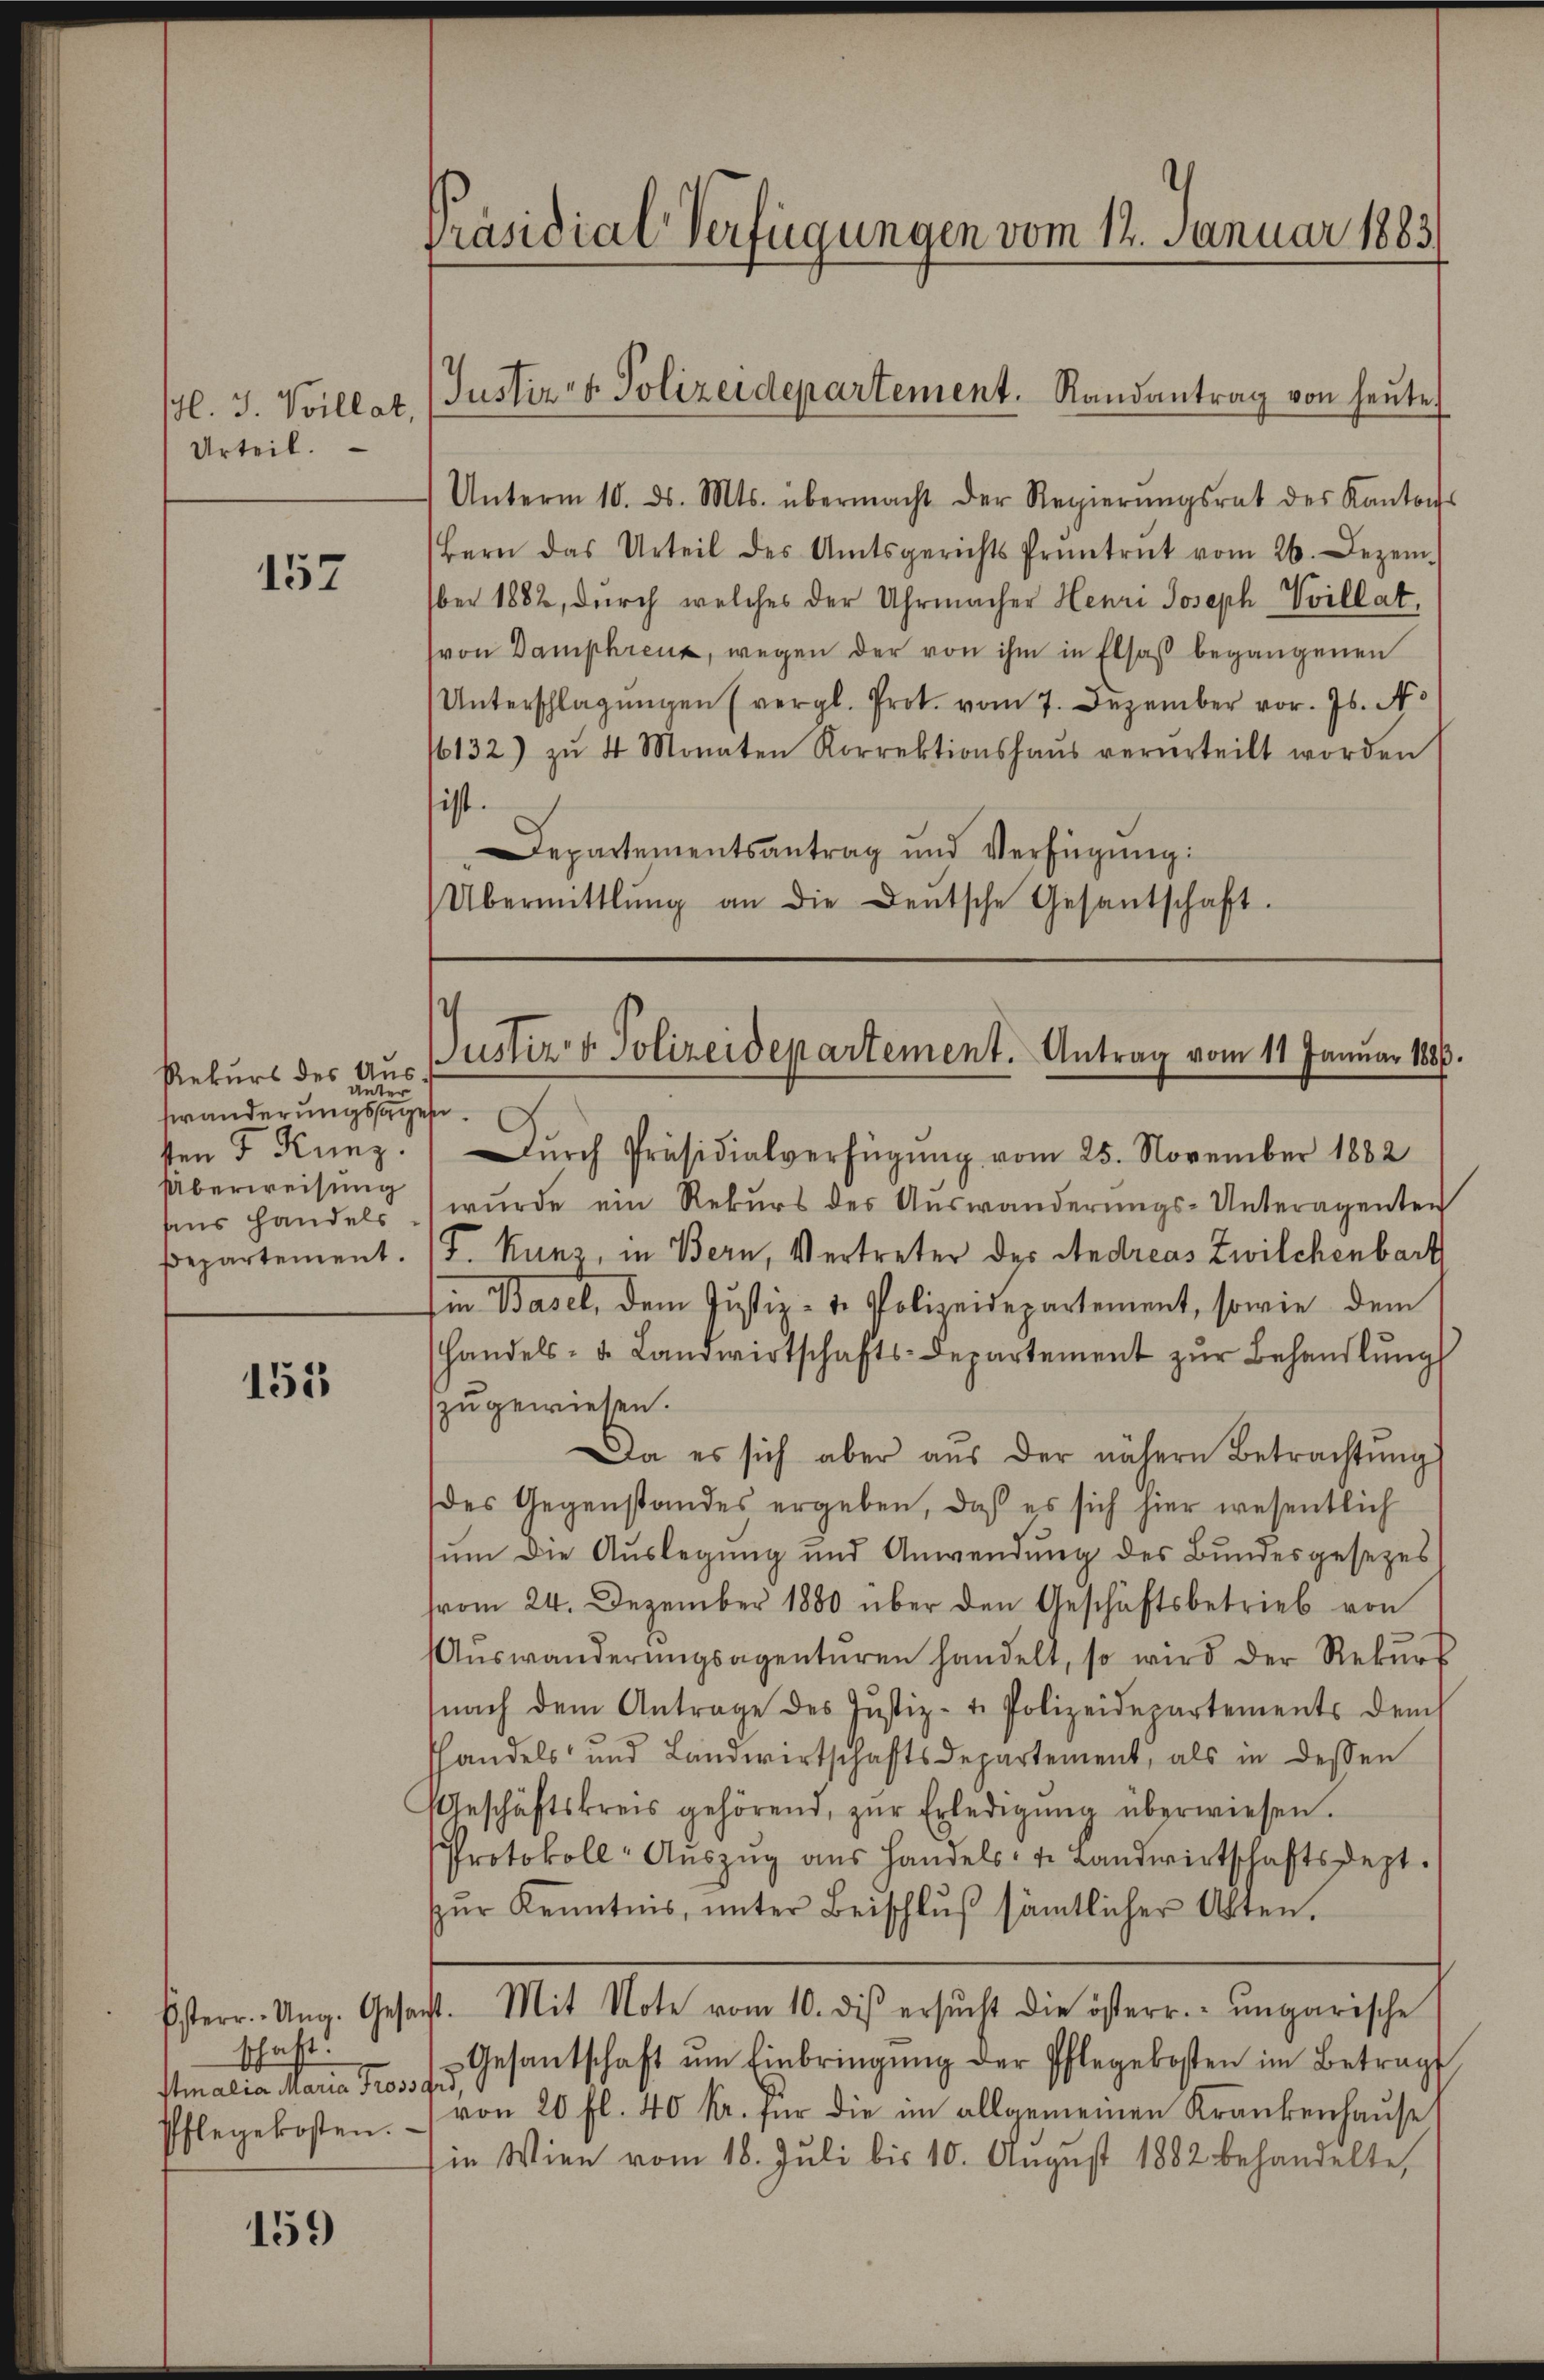
H. J. Voillat,
Urteil.

157

Rekurs des Aus
unter
swänderungssagen
Überweisung
aus Handels

155

Unterm 10. ds. Mts. übermacht der Regierŭngsrat des Kantons
Bern das Urteil des Amtsgerichts Prüntrŭt vom 26. Dezem-
ber 1882, durch welches der Uhrmacher Henri Joseph-Vvillat,
(von Damphren, wegen der von ihm in Elsaß begangenen
Unterschlagungen (vergl. Prot. vom 7. Dezember vor. Js. No
/6132) zu 4 Monaten Korrektionshaŭs verurteilt worden
ist.
Departementsantrag und Verfügung:
Übermittlung an die Deutsche Gesantschaft.

schaft.
stmalia Maria Trossg
Pflegekosten.

159

ken 5 Kunz. Dŭrch Präsidialverfügŭng vom 25. November 1882
wŭrde ein Rekŭrs des Aŭswanderŭngs-Unteragenten
Departement. (T. Kunz, in Bern, Vertreter des Andreas Zwilchenbart
Ein Basel, dem Justiz- u. Polizeidepartement, sowie dem
handels- u. Landwirtschafts-Departement zŭr Behandlŭng
zugewiesen.
Da es sich aber aŭs der nähern Betrachtŭng
des Gegenstandes ergeben, daß es sich hier wesentlich
sum die Auslegung und Anwendung des Bundesgesezes
vom 24. Dezember 1880 über den Geschäftsbetrieb von
ŭswanderŭngsagentŭren handelt, so wird der Rekŭrs
(nach dem Antrage des Justiz- u. Polizeidepartements dems
hhandels und Landwirtschaftsdepartement, als in dessen
eschäftskreis gehörend, zŭr Erledigŭng überwiesen.
Protokoll-Aŭszŭg ans Handels- u. Landwirtschaftsdept.
zŭr Kenntnis, ŭnter Beischlŭβ sämtlicher Akten.
Esterr. Ung. Gesagt. Mit Note vom 10. des ersŭcht die österr. ungarische
Gesantschaft ŭm Einbringŭng der Pflegekosten im Betragt
von 20 fl. 40 kr. für die im allgemeinen Krankenhause
in Wien vom 18. Juli bis 10. August 1882 behandelte,

Präsidial-Verfügungen vom 12. Januar 1883

Justiz- & Polizeidepartement. Randantrag von heute

Justiz- & Polizeidepartement. Antrag vom 11 Januar 1886.